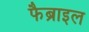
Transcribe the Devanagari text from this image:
फैब्राइल